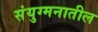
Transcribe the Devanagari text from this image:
संयुग्मनातील